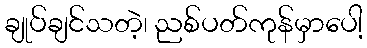
ချုပ်ချင်သတဲ့၊ ညစ်ပတ်ကုန်မှာပေါ့